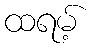
ထရမ့်